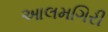
આલમગિરી